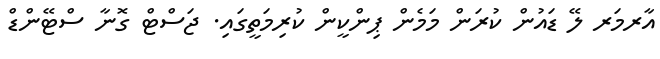
އާރމަރ ލޭ ޑައުން ކުރަން މަމެން ޕިންކީން ކުރިމަތީގައި. ޖަސްޓް ގޮނާ ސްޓޭންޑް